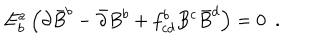
LaTeX: E _ { b } ^ { a } \left( \partial \bar { B } ^ { b } - \bar { \partial } B ^ { b } + f _ { c d } ^ { b } B ^ { c } \bar { B } ^ { d } \right) = 0 \, \, \, .